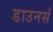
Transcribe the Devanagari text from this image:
डाउनर्स